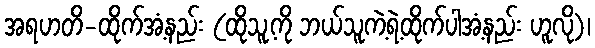
အရဟတိ-ထိုက်အံ့နည်း (ထိုသူ့ကို ဘယ်သူကဲ့ရဲ့ထိုက်ပါအံ့နည်း ဟူလို)၊